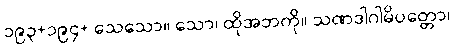
၁၉၃+၁၉၄+ သေသော။ သော၊ ထိုအဘကို။ သဏဒါဂါမိပတ္တော၊